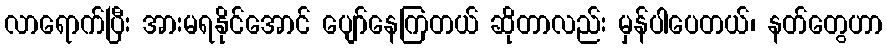
လာရောက်ပြီး အားမရနိုင်အောင် ပျော်နေကြတယ် ဆိုတာလည်း မှန်ပါပေတယ်၊ နတ်တွေဟာ